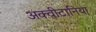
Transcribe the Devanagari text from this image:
अक्वीटानिया